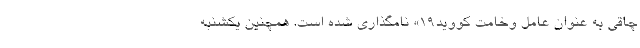
چاقی به عنوان عامل وخامت کووید۱۹» نامگذاری شده است. همچنین یکشنبه